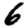
Digit: 6